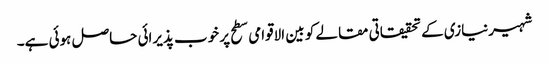
شہیرنیازی کے تحقیقاتی مقالے کو بین الاقوامی سطح پر خوب پذیرائی حاصل ہوئی ہے۔